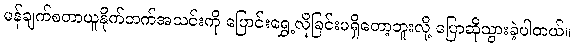
မန်ချက်စတာယူနိုက်တက်အသင်းကို ပြောင်းရွှေ့လိုခြင်းမရှိတော့ဘူးလို့ ပြောဆိုသွားခဲ့ပါတယ်။